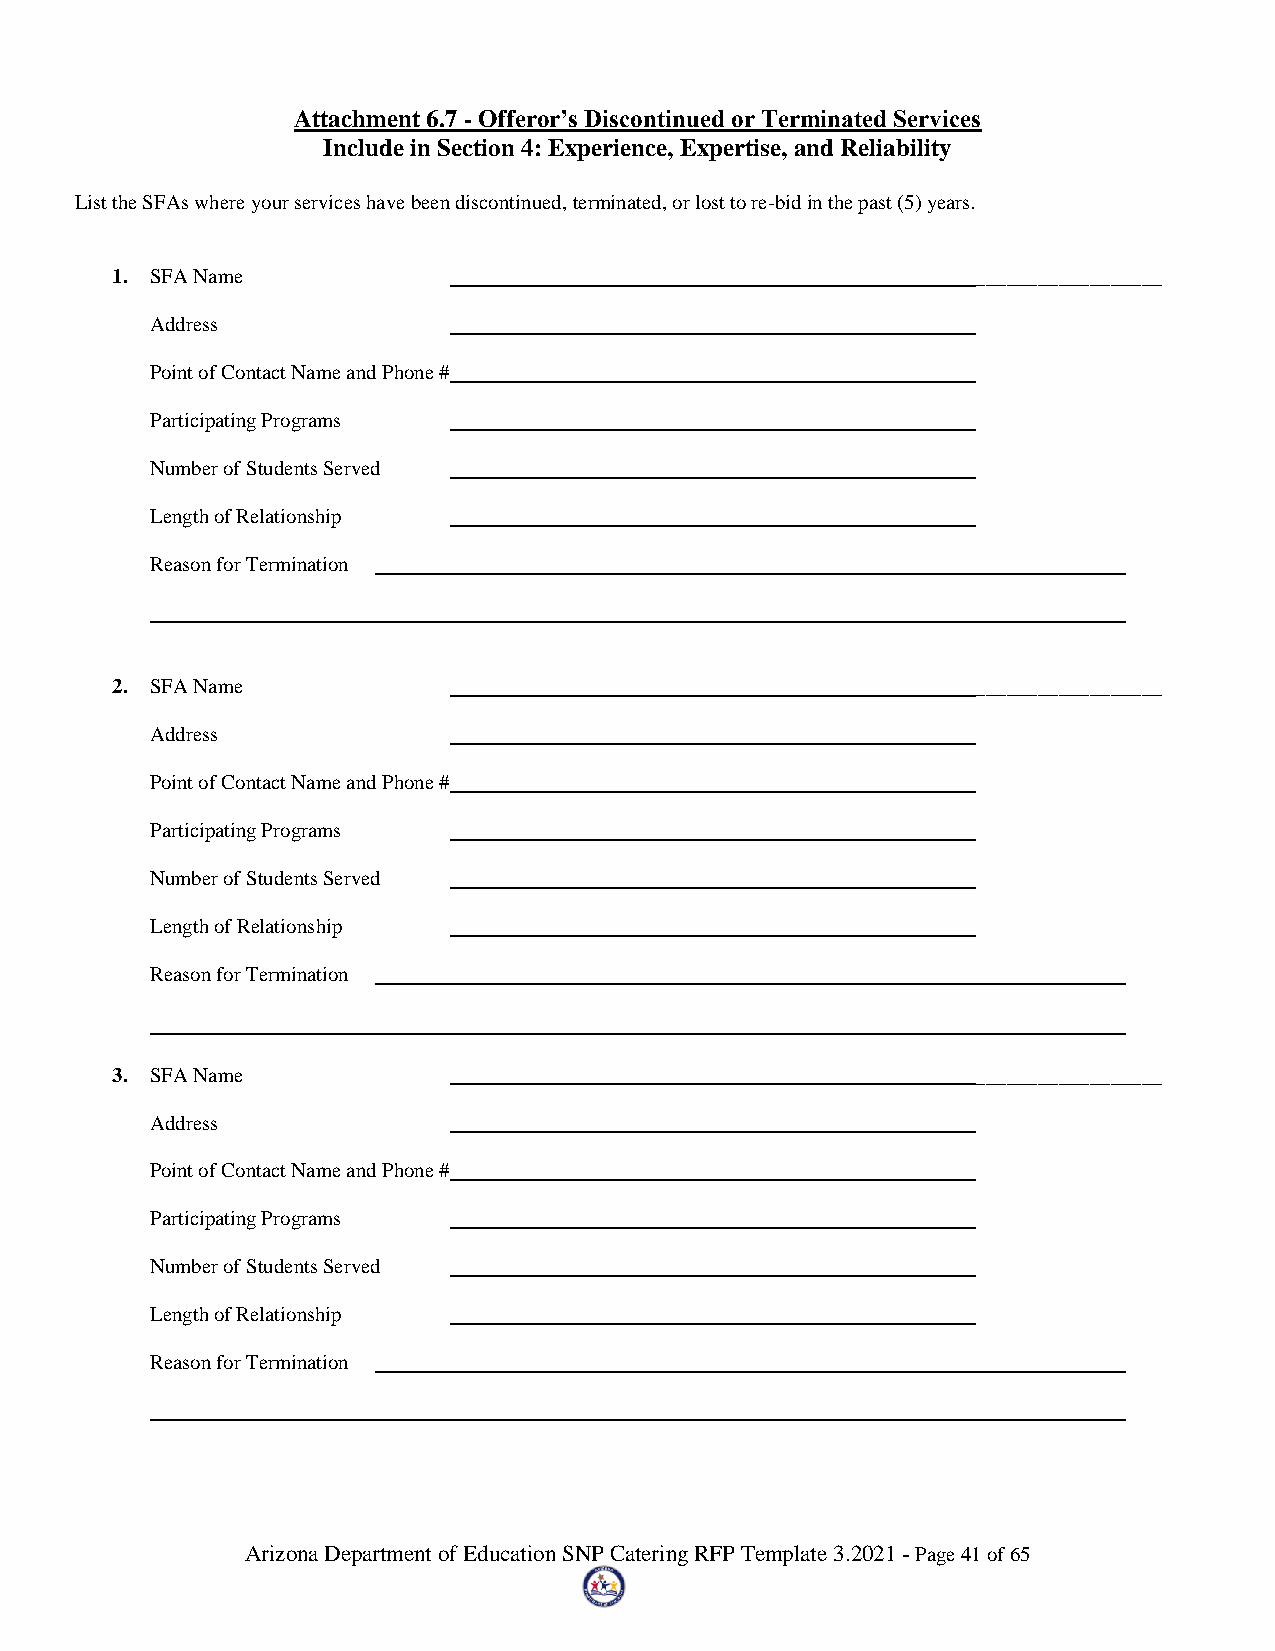
Attachment 6.7 - Offeror’s Discontinued or Terminated Services
 Include in Section 4: Experience, Expertise, and Reliability
 List the SFAs where your services have been discontinued, terminated, or lost to re-bid in the past (5) years.
 1. SFA Name                                               __________________
 Address
 Point of Contact Name and Phone #
 Participating Programs
 Number of Students Served
 Length of Relationship
 Reason for Termination
 2. SFA Name                                               __________________
 Address
 Point of Contact Name and Phone #
 Participating Programs
 Number of Students Served
 Length of Relationship
 Reason for Termination
 3. SFA Name                                               __________________
 Address
 Point of Contact Name and Phone #
 Participating Programs
 Number of Students Served
 Length of Relationship
 Reason for Termination
 Arizona Department of Education SNP Catering RFP Template 3.2021 - Page 41 of 65